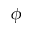
\phi